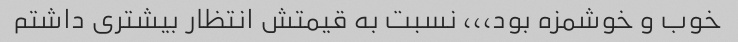
خوب و خوشمزه بود،،، نسبت به قیمتش انتظار بیشتری داشتم